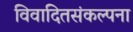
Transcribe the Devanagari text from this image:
विवादितसंकल्पना